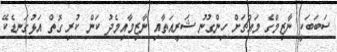
ސަބަބަކީ ނާޒިމްގެ މައްޗަށް ހިންގުނު ޝަރީއަތާއި ނާޒިމާއިމެދު ކަން ކުރި ގޮތް އަޅުގަނޑެކޭ